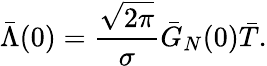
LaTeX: \bar{\Lambda}(0)=\frac{\sqrt{2\pi}}{\sigma}\bar{G}_{N}(0)\bar{T}.